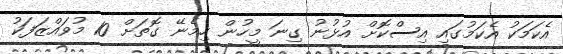
އެކަމަކު އެކަމުގައި އިސްކޮށް އުޅުނު ގިނަ މީހުން ހިމެނޭ ގޮތަށް 10 މުވައްޒަފަކު